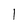
Character: I